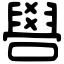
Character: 𠿟